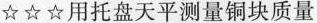
☆☆☆用托盘天平测量铜块质量